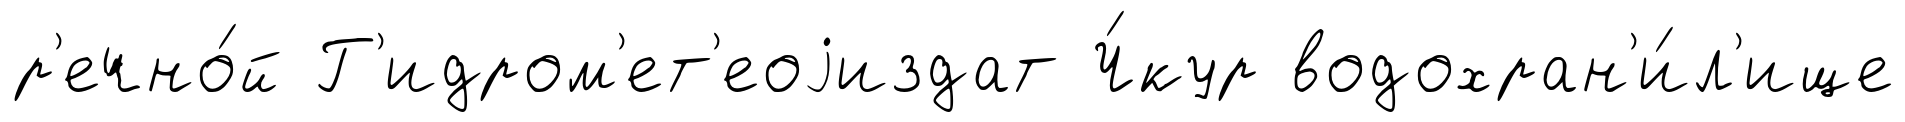
р'ечно́й Г'идром'ет'еоjиздат Ч́кур водохран'и́л'ище